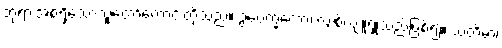
ဘုရားအစရှိသောသူတော်ကောင်းတို့သည်။ ဥပေက္ခကော၊ လျစ်လျူရှုသည်ဖြစ်၍။ သတိမာ၊